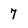
Character: 7